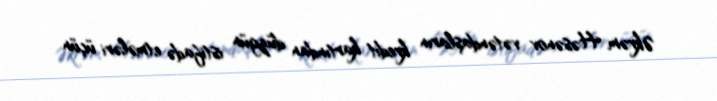
Əkrəm Həsənov vətəndaşların kredit kartından düzgün istifadə etmələri üçün